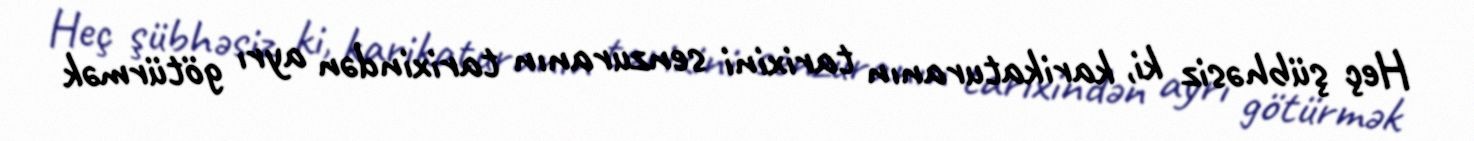
Heç şübhəsiz ki, karikaturanın tarixini senzuranın tarixindən ayrı götürmək